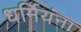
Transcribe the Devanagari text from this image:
धर्मियंना